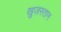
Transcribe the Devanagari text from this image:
ख़ुज़स्तान